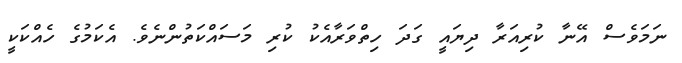
ނަމަވެސް އޭނާ ކުރިއަރާ ދިޔައީ ގަދަ ހިތްވަރާއެކު ކުރި މަސައްކަތުންނެވެ. އެކަމުގެ ހެއްކަކީ